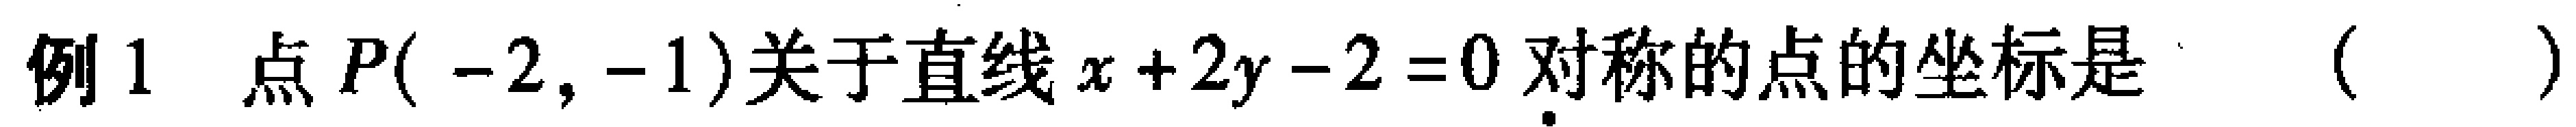
例1 点\(P(-2,-1)\)关于直线\(x + 2y - 2 = 0\)对称的点的坐标是（  ）。